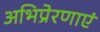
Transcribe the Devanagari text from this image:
अभिप्रेरणाएं